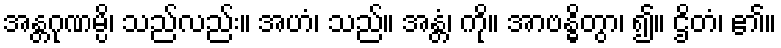
အန္တဂုဏမ္ပိ၊ သည်လည်း။ အဟံ၊ သည်။ အန္တံ၊ ကို။ အာဗန္ဓိတွာ၊ ၍။ ဌိတံ၊ ၏။